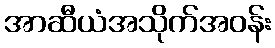
အာဆီယံအသိုက်အဝန်း